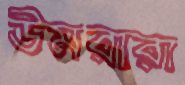
উমরারা